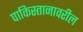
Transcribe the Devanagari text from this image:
पाकिस्तानावरील